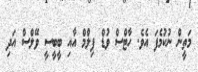
މަތީން ނުކުމެފަ އެވެ. ހާޓްސް ވުޑް ފިލްމް އާއި ބީބީސީ ވޭލްސް އަދި